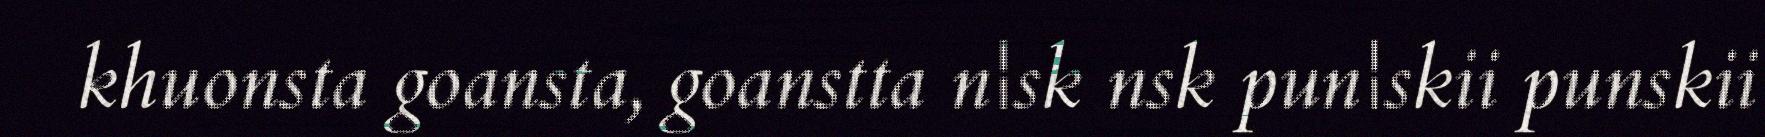
khuonsta goansta, goanstta n¦sk nsk pun¦skii punskii